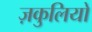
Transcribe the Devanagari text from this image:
ज़कुलियो